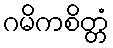
ဂမိကစိတ္တံ